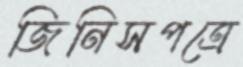
জিনিসপত্রে